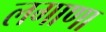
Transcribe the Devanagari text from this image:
लगाणा